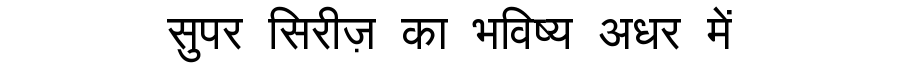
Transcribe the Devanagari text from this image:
सुपर सिरीज़ का भविष्य अधर में